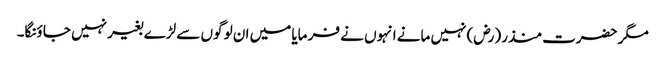
مگر حضرت منذر (رض) نہیں مانے انہوں نے فر مایا میں ان لو گوں سے لڑے بغیر نہیں جا ؤنگا۔